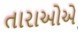
તારાઓએ